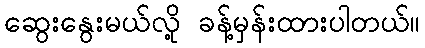
ဆွေးနွေးမယ်လို့ ခန့်မှန်းထားပါတယ်။